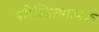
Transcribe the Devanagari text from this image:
परिस्थित्यात्मक